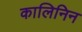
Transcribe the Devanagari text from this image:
कालिनिन